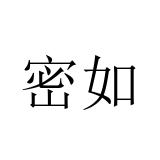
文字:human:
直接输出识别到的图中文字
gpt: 密如